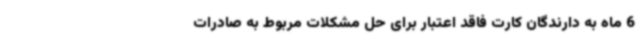
6 ماه به دارندگان کارت فاقد اعتبار برای حل مشکلات مربوط به صادرات